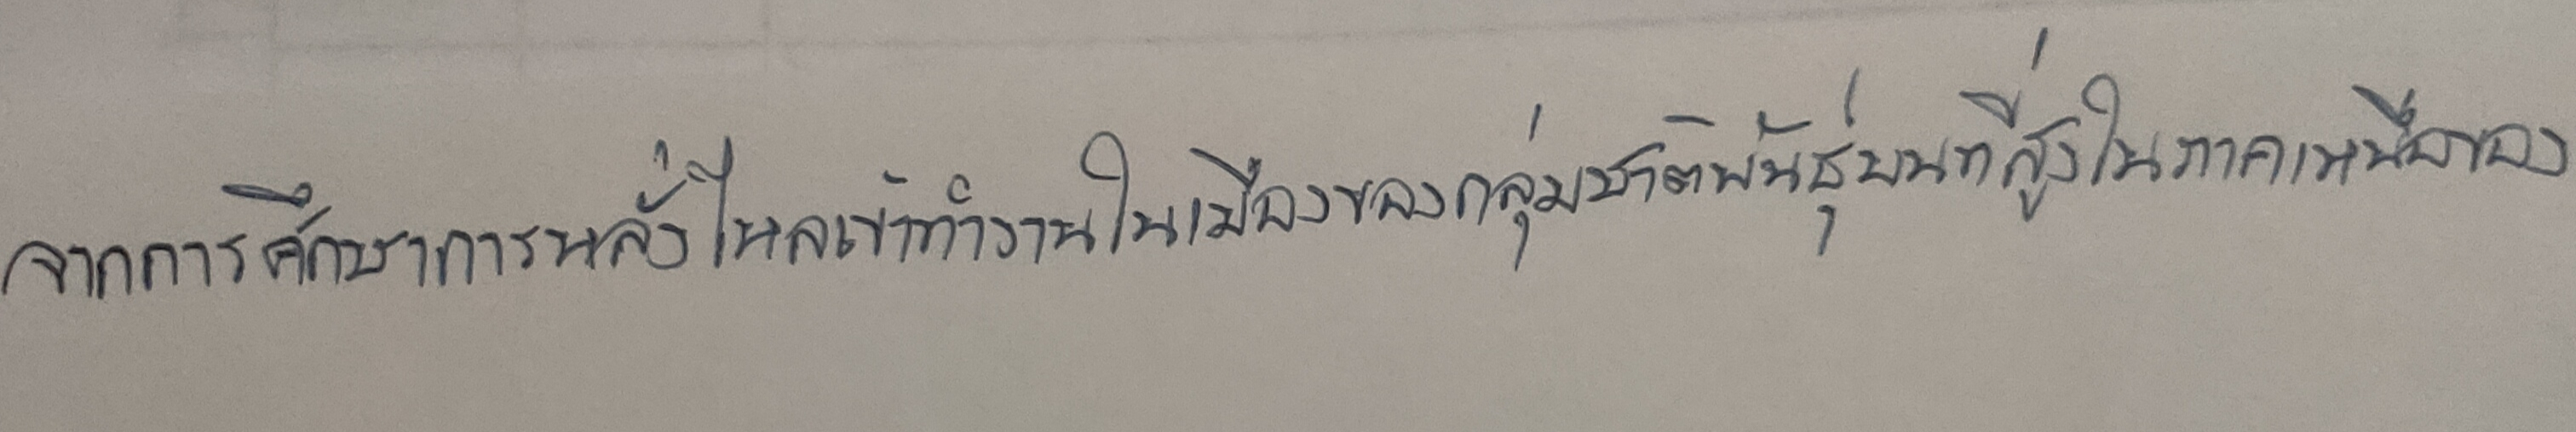
จากการศึกษาการหลั่งไหลเข้าทำงานในเมืองของกลุ่มชาติพันธุ์บนที่สูงในภาคเหนือของ